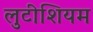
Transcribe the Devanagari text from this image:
लुटीशियम